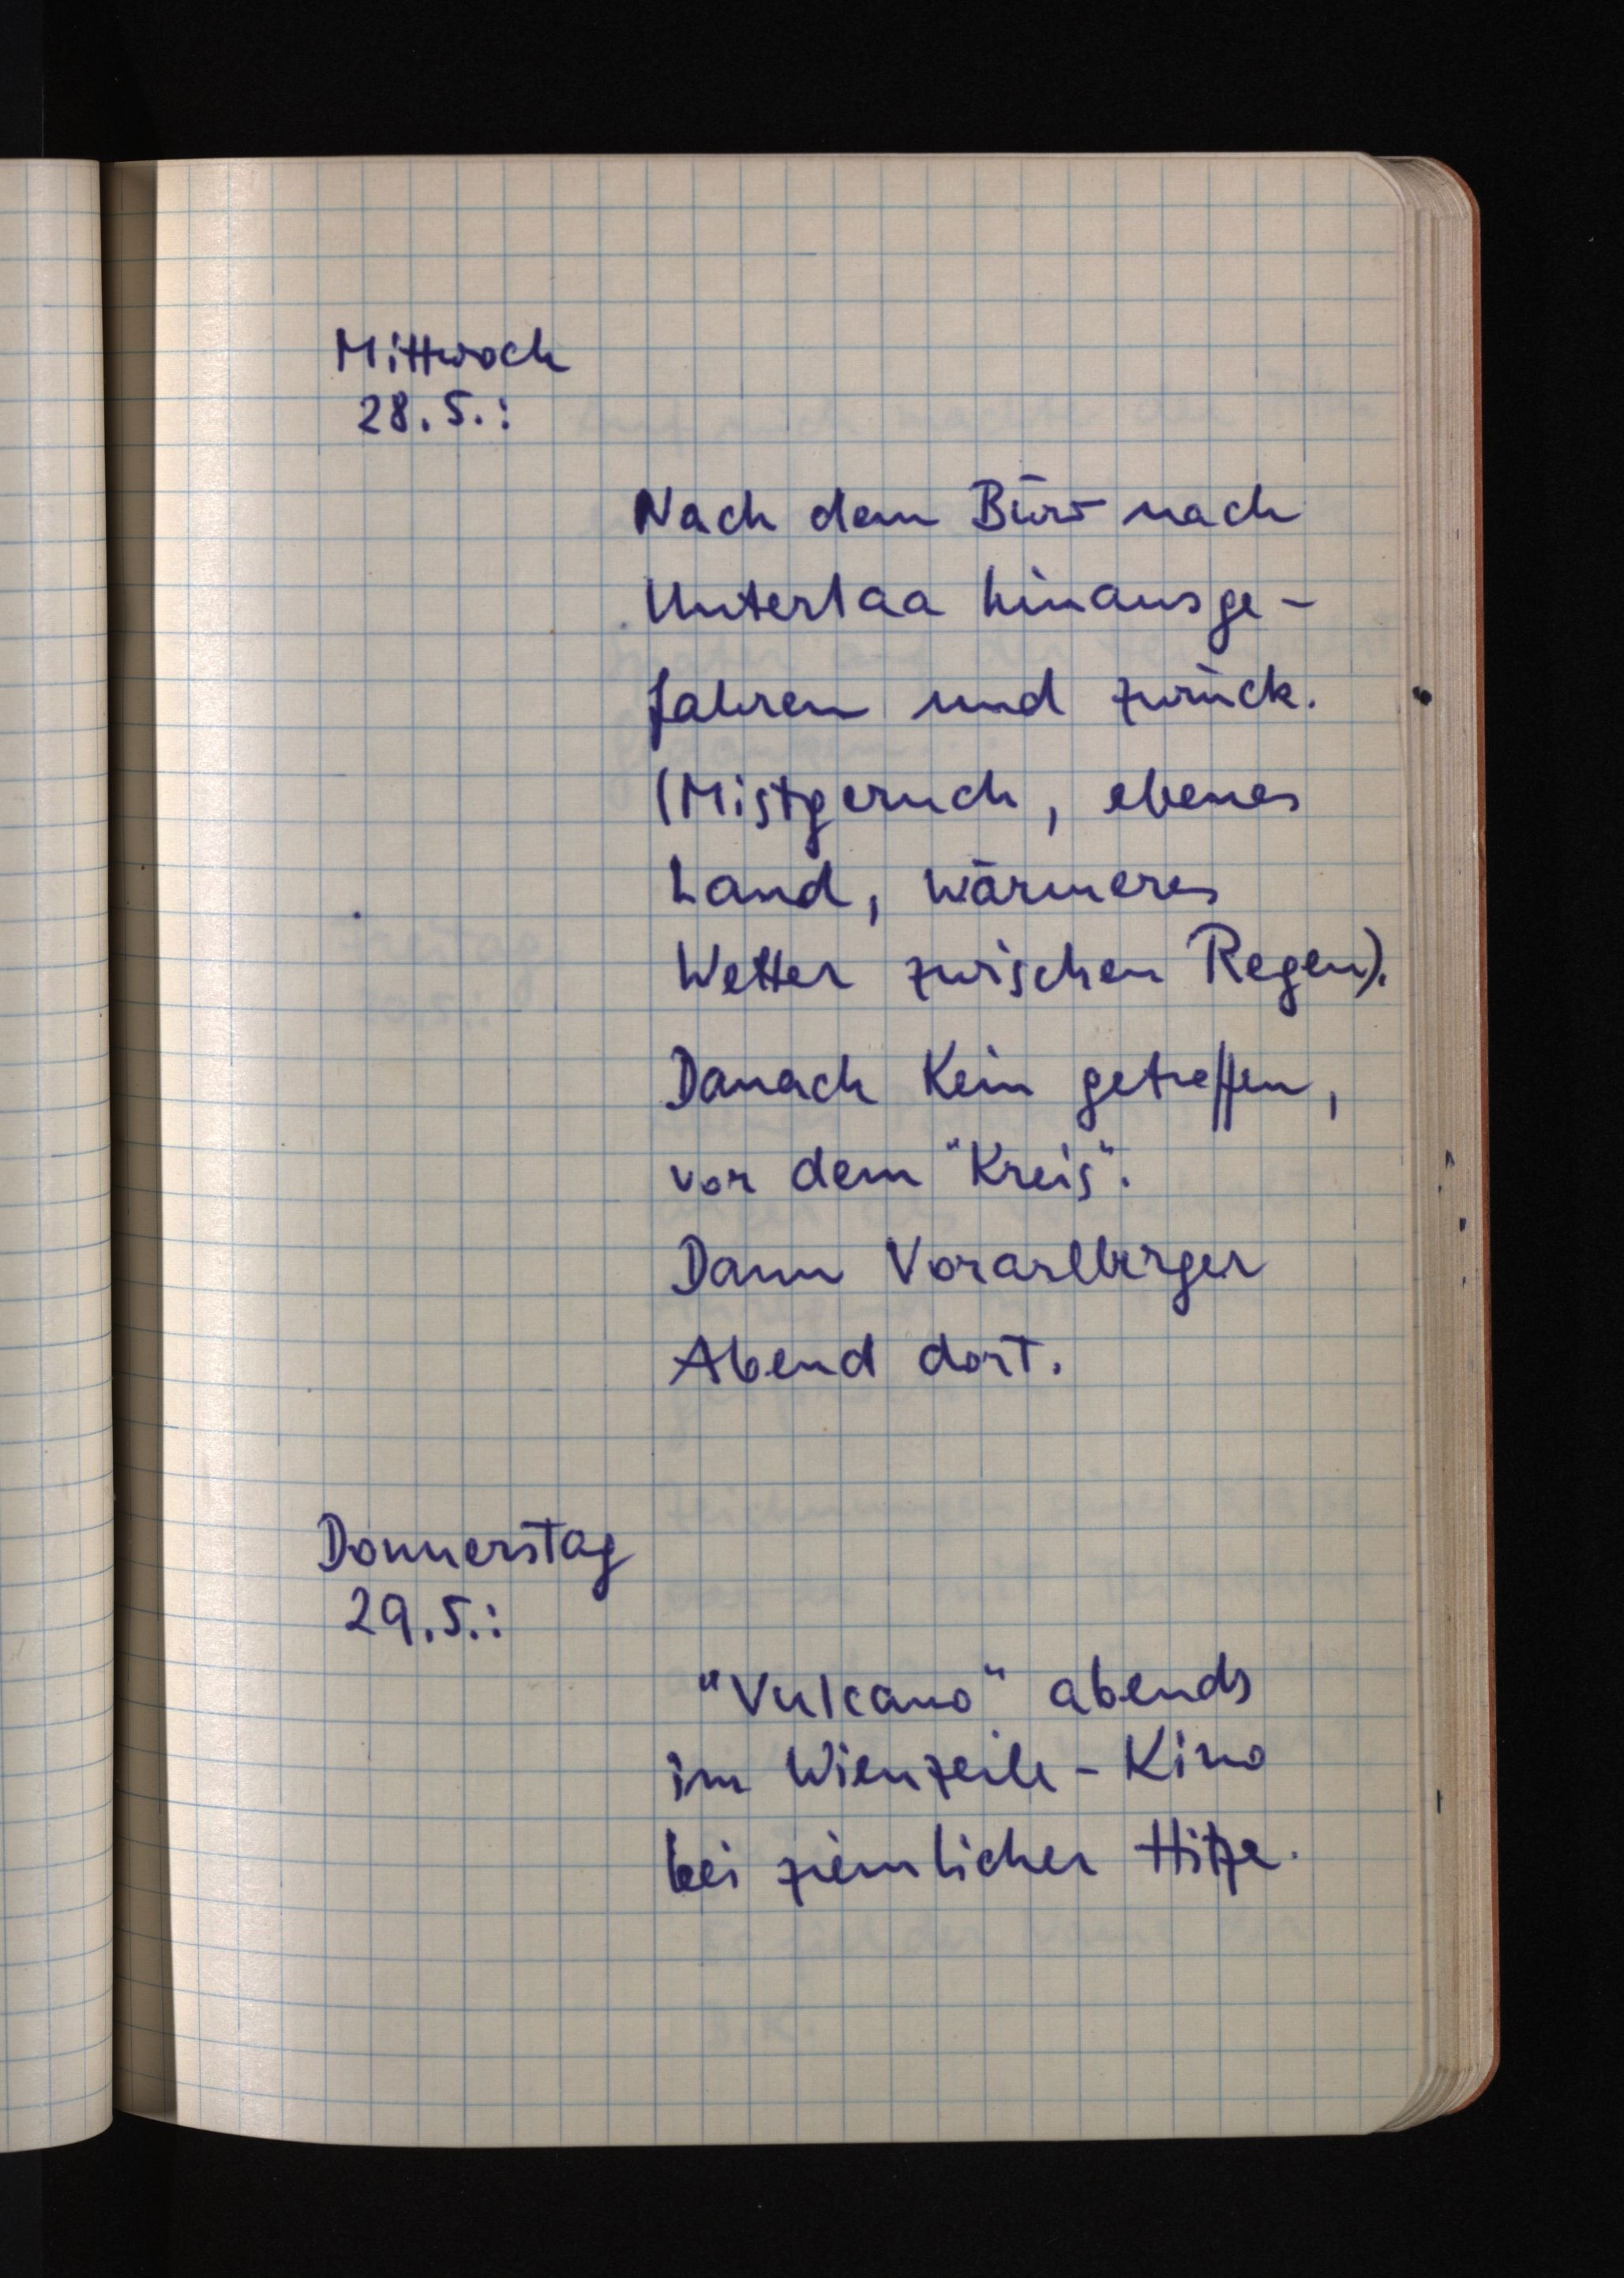
Mittwoch
28.5.:
Nach dem Büro nach
Unterlaa hinausge¬
fahren und zurück.
(Mistgeruch, ebenes
Land, wärmeres
Wetter zwischen Regen).
Danach Kein getroffen,
vor dem "Kreis".
Dann Vorarlberger
Abend dort.
Donnerstag
29.5.:
"Vulcano" abends
im Wienzeile-Kino
bei ziemlicher Hitze.